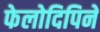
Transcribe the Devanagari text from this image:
फेलोदिपिने